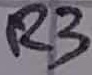
Text: R3